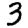
Digit: 3